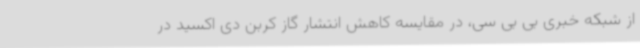
از شبکه خبری بی بی سی، در مقایسه کاهش انتشار گاز کربن دی اکسید در